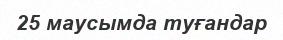
25 маусымда туғандар